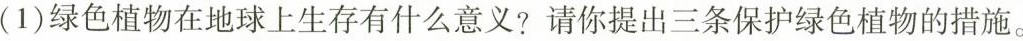
(1)绿色植物在地球上生存有什么意义?请你提出三条保护绿色植物的措施。